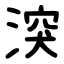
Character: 湥